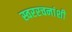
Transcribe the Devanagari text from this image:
स्वररचनांशी